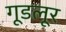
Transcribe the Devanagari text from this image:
गूडलूर